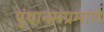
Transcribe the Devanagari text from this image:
पुंथानमप्रमाणे